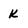
Character: k